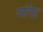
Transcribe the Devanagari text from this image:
जॉस्ट